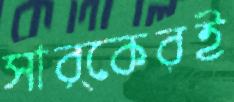
সার্কেরই